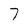
Character: 7